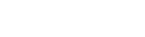
-    -